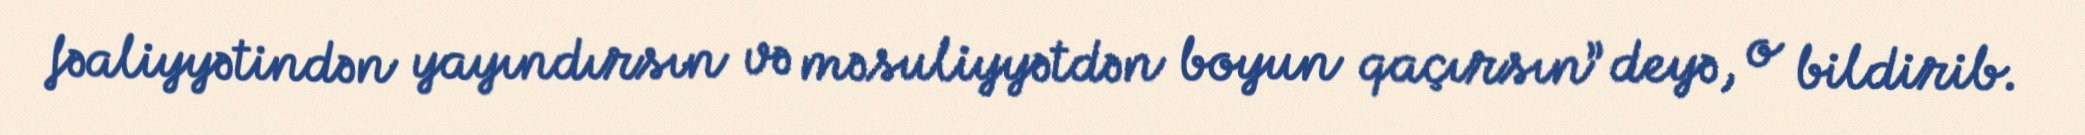
fəaliyyətindən yayındırsın və məsuliyyətdən boyun qaçırsın” deyə, o bildirib.